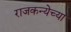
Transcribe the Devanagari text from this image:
राजकन्येच्या